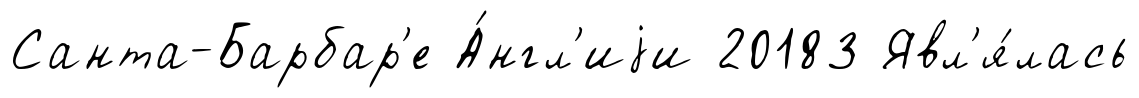
Санта-Барбар'е А́нгл'иjи 20183 Явл'я́лась